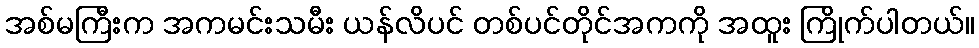
အစ်မကြီးက အကမင်းသမီး ယန်လိပင် တစ်ပင်တိုင်အကကို အထူး ကြိုက်ပါတယ်။